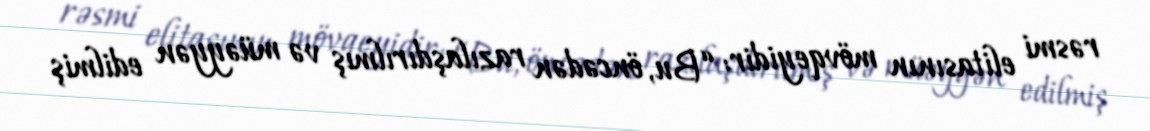
rəsmi elitasının mövqeyidir: “Bu, öncədən razılaşdırılmış və müəyyən edilmiş